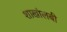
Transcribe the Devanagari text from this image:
शाखांलबी